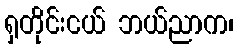
ရှတိုင်းငယ် ဘယ်ညာက၊